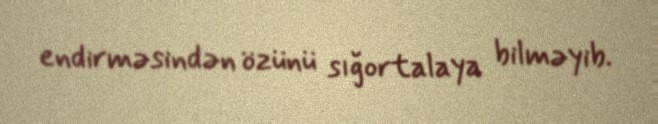
endirməsindən özünü sığortalaya bilməyib.